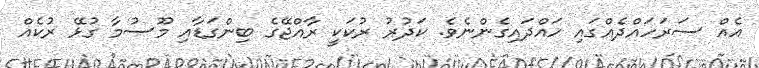
އެއް ސަރަހައްދެއްގައި ހައްދައިގެންނެވެ. ކަދުރު ރުކަކީ ރާއްޖޭގެ ބިންގަޑާއި މޫސުމާ ގުޅޭ ރުކެއް